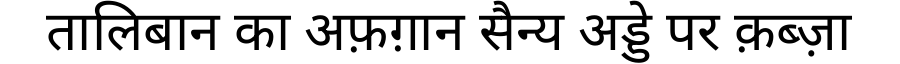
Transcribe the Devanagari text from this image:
तालिबान का अफ़ग़ान सैन्य अड्डे पर क़ब्ज़ा